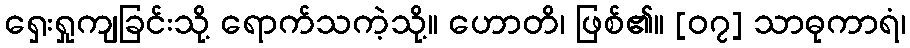
ရှေးရှုကျခြင်းသို့ ရောက်သကဲ့သို့။ ဟောတိ၊ ဖြစ်၏။ [၀၇] သာဓုကာရံ၊